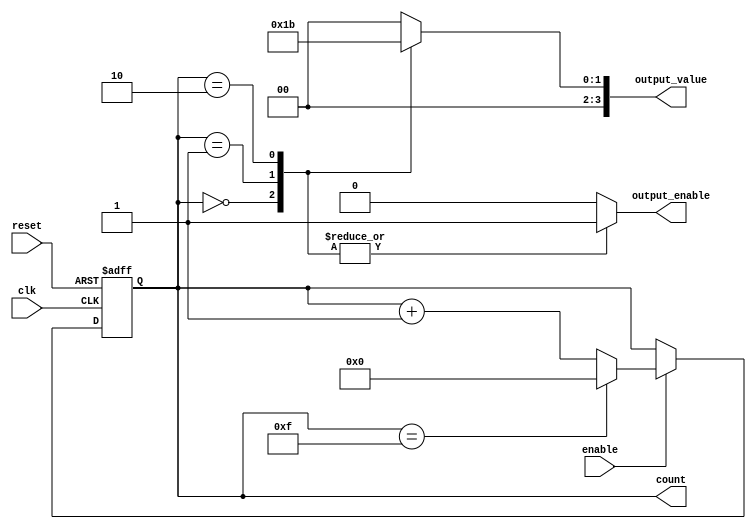
module SynchronousCounter (
    input wire clk,          // Clock input
    input wire enable,       // Enable input
    input wire reset,        // Asynchronous reset input
    output reg [3:0] count,  // 4-bit counter output
    output reg output_enable, // Output enable signal
    output reg [3:0] output_value // Output value based on count
);

// Counter state register
always @(posedge clk or posedge reset) begin
    if (reset) begin
        count <= 4'b0000; // Reset counter to 0
    end else if (enable) begin
        count <= count + 1; // Increment counter
        if (count == 4'b1111) // Wrap around condition
            count <= 4'b0000;
    end
end

// Output control logic
always @(*) begin
    // Default values
    output_enable = 1'b0; // Disable output by default
    output_value = 4'b0000; // Default output value

    // Conditional output logic based on current count value
    case (count)
        4'b0000: begin
            output_enable = 1'b1; // Enable output for count 0
            output_value = 4'b0001; // Example output value
        end
        4'b0001: begin
            output_enable = 1'b1; // Enable output for count 1
            output_value = 4'b0010; // Example output value
        end
        4'b0010: begin
            output_enable = 1'b1; // Enable output for count 2
            output_value = 4'b0011; // Example output value
        end
        // Add more cases as needed for specific count values
        default: begin
            output_enable = 1'b0; // Disable output for other counts
            output_value = 4'b0000; // Default output value
        end
    endcase
end

endmodule